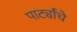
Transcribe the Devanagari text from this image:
पार्ट्यांचे